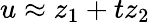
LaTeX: u\approx z_{1}+tz_{2}